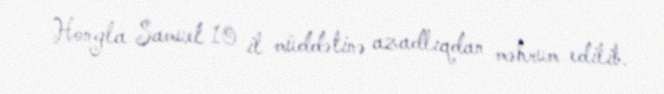
Hongla Samuel 10 il müddətinə azadlıqdan məhrum edilib.